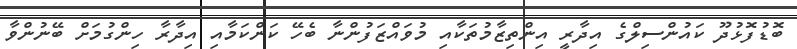
ބޮޑުފޮޅުދޫ ކައުންސިލްގެ އިދާރީ އިންތިޒާމުތަކާއި މުވައްޒަފުންނާ ބެހޭ ކަންކަމާއި އިދާރާ ހިންގުމަށް ބޭނުންވާ